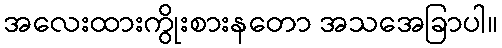
အလေးထားကွိုးစားနတော အသအေခြာပါ။